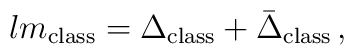
lm_{\mathrm{class}} = \Delta_{\mathrm{class}} +                      \bar{\Delta}_{\mathrm{class}}\,,